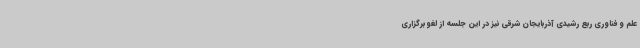
علم و فناوری ربع رشیدی آذربایجان شرقی نیز در این جلسه از لغو برگزاری